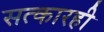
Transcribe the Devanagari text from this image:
सत्कारही